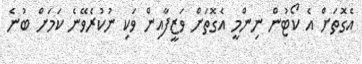
އެގޮތަށް އެ ކޯޓުން ނިންމީ އެގޮތަށް ވަޒީފާއިން ވަކި ނުކުރެވޭނެ ކަމަށް ބުނެ